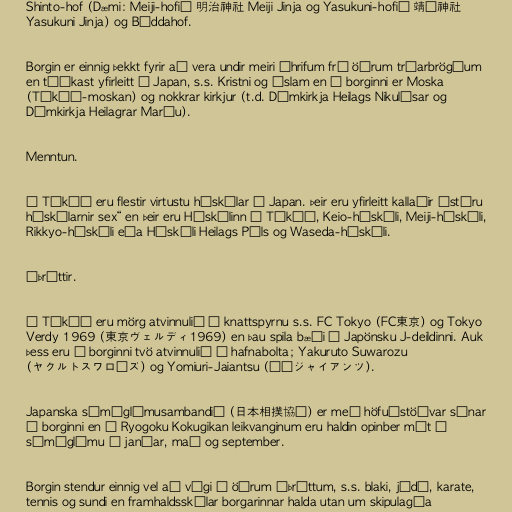
Shinto-hof (Dæmi: Meiji-hofið 明治神社 Meiji Jinja og Yasukuni-hofið 靖国神社
Yasukuni Jinja) og Búddahof.

Borgin er einnig þekkt fyrir að vera undir meiri áhrifum frá öðrum trúarbrögðum
en tíðkast yfirleitt í Japan, s.s. Kristni og Íslam en í borginni er Moska
(Tókýó-moskan) og nokkrar kirkjur (t.d. Dómkirkja Heilags Nikulásar og
Dómkirkja Heilagrar Maríu).

Menntun.

Í Tókýó eru flestir virtustu háskólar í Japan. Þeir eru yfirleitt kallaðir „stóru
háskólarnir sex“ en þeir eru Háskólinn í Tókýó, Keio-háskóli, Meiji-háskóli,
Rikkyo-háskóli eða Háskóli Heilags Páls og Waseda-háskóli.

Íþróttir.

Í Tókýó eru mörg atvinnulið í knattspyrnu s.s. FC Tokyo (FC東京) og Tokyo
Verdy 1969 (東京ヴェルディ1969) en þau spila bæði í Japönsku J-deildinni. Auk
þess eru í borginni tvö atvinnulið í hafnabolta; Yakuruto Suwarozu
(ヤクルトスワローズ) og Yomiuri-Jaiantsu (読売ジャイアンツ).

Japanska súmóglímusambandið (日本相撲協会) er með höfuðstöðvar sínar
í borginni en á Ryogoku Kokugikan leikvanginum eru haldin opinber mót í
súmóglímu í janúar, maí og september.

Borgin stendur einnig vel að vígi í öðrum íþróttum, s.s. blaki, júdó, karate,
tennis og sundi en framhaldsskólar borgarinnar halda utan um skipulagða